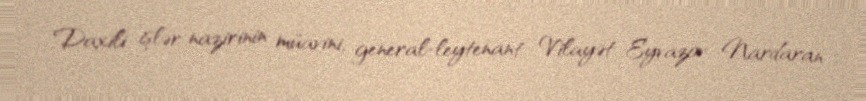
Daxili işlər nazirinin müavini, general-leytenant Vilayət Eyvazov Nardaran